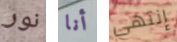
نور أنا إنتهى